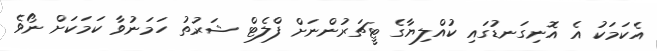
އެކަމަކު އެ އޮނިގަނޑުގައި ކުއްލިޔާގެ ޓީޗަރުންނަށް ފްލެޓް ޝަރުތު ހަމަނުވާ ކަމަކަށް ނޯވެ